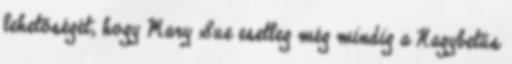
lehetőségét, hogy Mary Sue esetleg még mindig a Nagybetűs